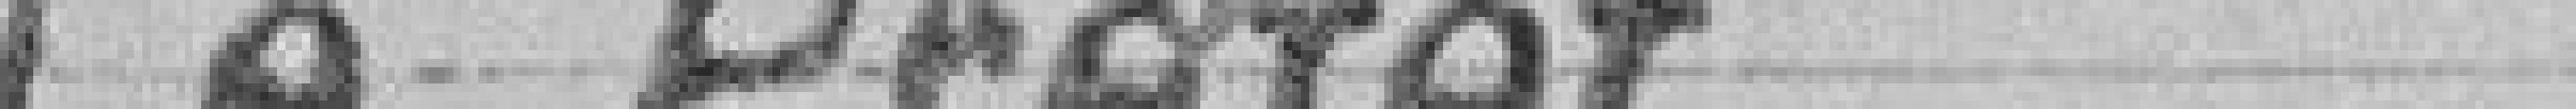
Le Préfet